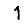
Digit: 1